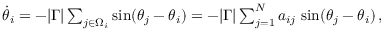
\begin{array} { r } { \dot { \theta } _ { i } = - | \Gamma | \sum _ { j \in \Omega _ { i } } \sin ( \theta _ { j } - \theta _ { i } ) = - | \Gamma | \sum _ { j = 1 } ^ { N } a _ { i j } \, \sin ( \theta _ { j } - \theta _ { i } ) \, , } \end{array}